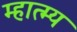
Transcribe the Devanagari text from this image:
म्हात्म्य